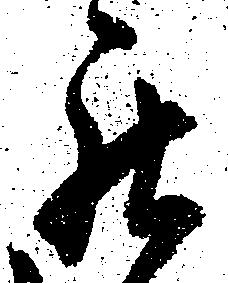
罷